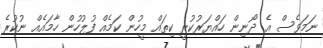
ނަމަވެސް އެ ދޯނިން ހައްޔަރުކުރީ ކިތައް މީހުން ކަމެއް ފުލުހުން ހާމައެއް ނުކުރެ